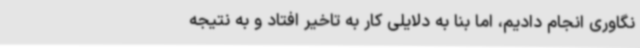
نگاوری انجام دادیم، اما بنا به دلایلی کار به تاخیر افتاد و به نتیجه